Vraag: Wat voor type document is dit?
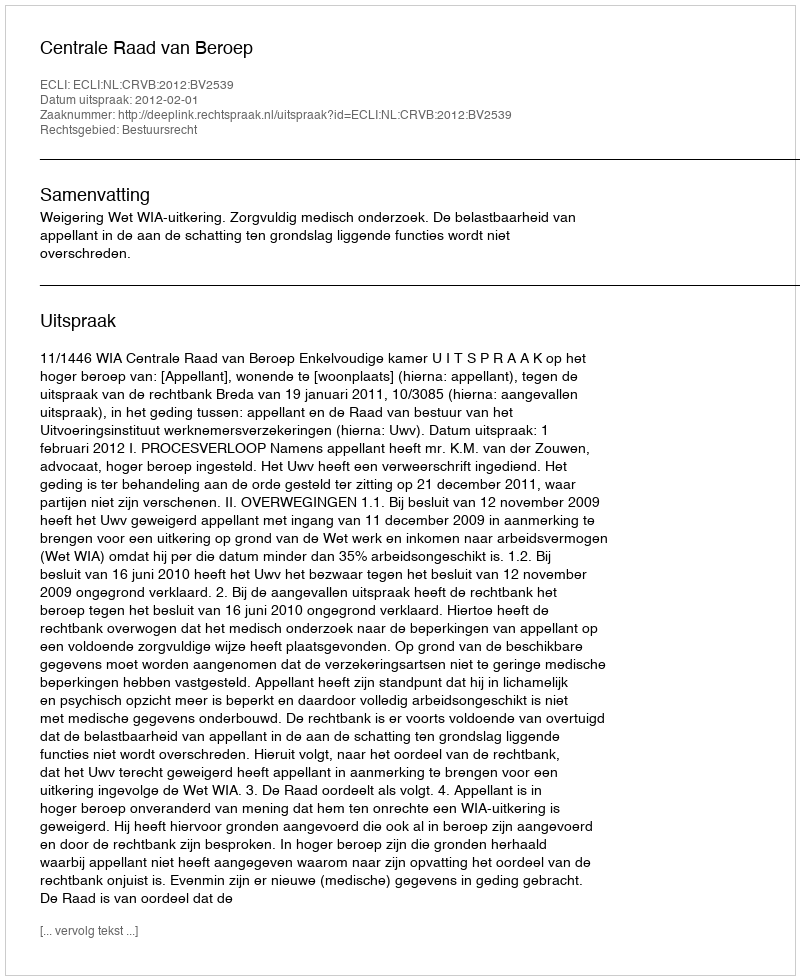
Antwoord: Uitspraak